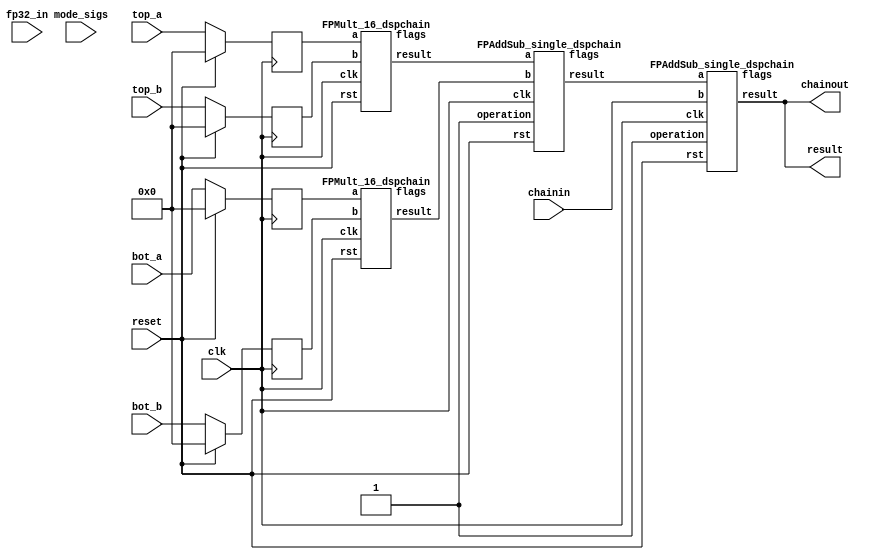
`ifdef complex_dsp
module fp16_sop2_mult_dspchain (clk,reset,top_a,top_b,bot_a,bot_b,fp32_in,mode_sigs,chainin,chainout,result);
input clk; 
input reset;
input [10:0] mode_sigs; 
input [15:0] top_a,top_b,bot_a,bot_b;
input [31:0] chainin,fp32_in; 
output [31:0] chainout, result;

fp16_sop2_mult inst1(.clk(clk),.reset(reset),.top_a(top_a),.top_b(top_b),.bot_a(bot_a),.bot_b(bot_b),.fp32_in(fp32_in),.mode_sigs(mode_sigs),.chainin(chainin),.chainout(chainout),.result(result)); 

endmodule

`else
module fp16_sop2_mult_dspchain (clk,reset,top_a,top_b,bot_a,bot_b,fp32_in,mode_sigs,chainin,chainout,result);
input clk; 
input reset;
input [10:0] mode_sigs; 
input [15:0] top_a,top_b,bot_a,bot_b;
input [31:0] chainin,fp32_in; 
output [31:0] chainout, result; 

reg [15:0] top_a_reg,top_b_reg,bot_a_reg,bot_b_reg; 
reg [31:0] chainin_reg; 
wire [31:0] r1,r2,r3; 
always@(posedge clk) begin 
if(reset) begin 
top_a_reg<= 16'b0; 
top_b_reg<= 16'b0; 
bot_a_reg<= 16'b0; 
bot_b_reg<= 16'b0;
//result<=32'b0;
//chainout<=32'b0;
chainin_reg<=32'b0;   
end
else begin 
top_a_reg<=top_a; 
top_b_reg<=top_b; 
bot_a_reg<=bot_a;
bot_b_reg<=bot_b;
//chainout<=result;
chainin_reg<=chainin; 
end
end

wire [4:0] flags1,flags2,flags3,flags4; 

FPMult_16_dspchain inst1(.clk(clk),.rst(reset),.a(top_a_reg),.b(top_b_reg),.flags(flags1),.result(r1)); 
FPMult_16_dspchain inst2(.clk(clk),.rst(reset),.a(bot_a_reg),.b(bot_b_reg),.flags(flags2),.result(r2));
FPAddSub_single_dspchain inst3(.clk(clk),.rst(reset),.a(r1),.b(r2),.flags(flags3),.operation(1'b1),.result(r3));
FPAddSub_single_dspchain inst4(.clk(clk),.rst(reset),.a(r3),.b(chainin),.flags(flags4),.operation(1'b1),.result(result));
assign chainout = result; 
endmodule
//`endif

//`timescale 1ns / 1ps


// IEEE Half Precision => 5 = 5, 10 = 10



//`define IEEE_COMPLIANCE 1


//////////////////////////////////////////////////////////////////////////////////
//
// Module Name:    FPMult
//
//////////////////////////////////////////////////////////////////////////////////

module FPMult_16_dspchain(
		clk,
		rst,
		a,
		b,
		result,
		flags
    );
	
	// Input Ports
	input clk ;							// Clock
	input rst ;							// Reset signal
	input [16-1:0] a;						// Input A, a 32-bit floating point number
	input [16-1:0] b;						// Input B, a 32-bit floating point number
	
	// Output ports
	output [32-1:0] result ;					// Product, result of the operation, 32-bit FP number
	output [4:0] flags ;						// Flags indicating exceptions according to IEEE754
	
	// Internal signals
	wire [32-1:0] Z_int ;					// Product, result of the operation, 32-bit FP number
	wire [4:0] Flags_int ;						// Flags indicating exceptions according to IEEE754
	
	wire Sa ;							// A's sign
	wire Sb ;							// B's sign
	wire Sp ;							// Product sign
	wire [5-1:0] Ea ;					// A's 5
	wire [5-1:0] Eb ;					// B's 5
	wire [2*10+1:0] Mp ;					// Product 10
	wire [4:0] InputExc ;						// Exceptions in inputs
	wire [23-1:0] NormM ;					// Normalized 10
	wire [8:0] NormE ;					// Normalized 5
	wire [23:0] RoundM ;					// Normalized 10
	wire [8:0] RoundE ;					// Normalized 5
	wire [23:0] RoundMP ;					// Normalized 10
	wire [8:0] RoundEP ;					// Normalized 5
	wire GRS ;

	//reg [63:0] pipe_0;						// Pipeline register Input->Prep
	reg [2*16-1:0] pipe_0;					// Pipeline register Input->Prep

	//reg [92:0] pipe_1;						// Pipeline register Prep->Execute
	//reg [3*10+2*5+7:0] pipe_1;			// Pipeline register Prep->Execute
	reg [3*10+2*5+18:0] pipe_1;

	//reg [38:0] pipe_2;						// Pipeline register Execute->Normalize
	reg [23+8+7:0] pipe_2;				// Pipeline register Execute->Normalize

	//reg [72:0] pipe_3;						// Pipeline register Normalize->Round
	reg [2*23+2*8+10:0] pipe_3;			// Pipeline register Normalize->Round

	//reg [36:0] pipe_4;						// Pipeline register Round->Output
	reg [32+4:0] pipe_4;					// Pipeline register Round->Output
	
	assign result = pipe_4[32+4:5] ;
	assign flags = pipe_4[4:0] ;
	
	// Prepare the operands for alignment and check for exceptions
	FPMult_PrepModule_dspchain PrepModule(clk, rst, pipe_0[2*16-1:16], pipe_0[16-1:0], Sa, Sb, Ea[5-1:0], Eb[5-1:0], Mp[2*10+1:0], InputExc[4:0]) ;

	// Perform (unsigned) 10 multiplication
	FPMult_ExecuteModule_dspchain ExecuteModule(pipe_1[3*10+5*2+7:2*10+2*5+8], pipe_1[2*10+2*5+7:2*10+7], pipe_1[2*10+6:5], pipe_1[2*10+2*5+6:2*10+5+7], pipe_1[2*10+5+6:2*10+7], pipe_1[2*10+2*5+8], pipe_1[2*10+2*5+7], Sp, NormE[8:0], NormM[23-1:0], GRS) ;

	// Round result and if necessary, perform a second (post-rounding) normalization step
	FPMult_NormalizeModule_dspchain NormalizeModule(pipe_2[23-1:0], pipe_2[23+8:23], RoundE[8:0], RoundEP[8:0], RoundM[23:0], RoundMP[23:0]) ;		

	// Round result and if necessary, perform a second (post-rounding) normalization step
	//FPMult_RoundModule RoundModule(pipe_3[47:24], pipe_3[23:0], pipe_3[65:57], pipe_3[56:48], pipe_3[66], pipe_3[67], pipe_3[72:68], Z_int[31:0], Flags_int[4:0]) ;		
	FPMult_RoundModule_dspchain RoundModule(pipe_3[2*23+1:23+1], pipe_3[23:0], pipe_3[2*8+2*23+3:2*23+8+3], pipe_3[2*23+8+2:2*23+2], pipe_3[2*23+2*8+4], pipe_3[2*23+2*8+5], pipe_3[2*23+2*8+10:2*23+2*8+6], Z_int[32-1:0], Flags_int[4:0]) ;		


//adding always@ (*) instead of posedge clock to make design combinational
	always @ (*) begin	
		if(rst) begin
			pipe_0 = 0;
			pipe_1 = 0;
			pipe_2 = 0; 
			pipe_3 = 0;
			pipe_4 = 0;
		end 
		else begin		
			/* PIPE 0
				[2*16-1:16] A
				[16-1:0] B
			*/
                       pipe_0 = {a, b} ;


			/* PIPE 1
				[2*5+3*10 + 18: 2*5+2*10 + 18] //pipe_0[16+10-1:16] , 10 of A
				[2*5+2*10 + 17 :2*5+2*10 + 9] // pipe_0[8:0]
				[2*5+2*10 + 8] Sa
				[2*5+2*10 + 7] Sb
				[2*5+2*10 + 6:5+2*10+7] Ea
				[5 +2*10+6:2*10+7] Eb
				[2*10+1+5:5] Mp
				[4:0] InputExc
			*/
			//pipe_1 <= {pipe_0[16+10-1:16], pipe_0[10_MUL_SPLIT_LSB-1:0], Sa, Sb, Ea[5-1:0], Eb[5-1:0], Mp[2*10-1:0], InputExc[4:0]} ;
			pipe_1 = {pipe_0[16+10-1:16], pipe_0[8:0], Sa, Sb, Ea[5-1:0], Eb[5-1:0], Mp[2*10+1:0], InputExc[4:0]} ;
			
			/* PIPE 2
				[8 + 23 + 7:8 + 23 + 3] InputExc
				[8 + 23 + 2] GRS
				[8 + 23 + 1] Sp
				[8 + 23:23] NormE
				[23-1:0] NormM
			*/
			pipe_2 = {pipe_1[4:0], GRS, Sp, NormE[8:0], NormM[23-1:0]} ;
			/* PIPE 3
				[2*8+2*23+10:2*8+2*23+6] InputExc
				[2*8+2*23+5] GRS
				[2*8+2*23+4] Sp	
				[2*8+2*23+3:8+2*23+3] RoundE
				[8+2*23+2:2*23+2] RoundEP
				[2*23+1:23+1] RoundM
				[23:0] RoundMP
			*/
			pipe_3 = {pipe_2[8 + 23 + 7:8 + 23 + 1], RoundE[8:0], RoundEP[8:0], RoundM[23:0], RoundMP[23:0]} ;
			/* PIPE 4
				[16+4:5] Z
				[4:0] Flags
			*/				
			pipe_4 = {Z_int[32-1:0], Flags_int[4:0]} ;
		end
	end
		
endmodule



module FPMult_PrepModule_dspchain (
		clk,
		rst,
		a,
		b,
		Sa,
		Sb,
		Ea,
		Eb,
		Mp,
		InputExc
	);
	
	// Input ports
	input clk ;
	input rst ;
	input [16-1:0] a ;								// Input A, a 32-bit floating point number
	input [16-1:0] b ;								// Input B, a 32-bit floating point number
	
	// Output ports
	output Sa ;										// A's sign
	output Sb ;										// B's sign
	output [5-1:0] Ea ;								// A's 5
	output [5-1:0] Eb ;								// B's 5
	output [2*10+1:0] Mp ;							// 10 product
	output [4:0] InputExc ;						// Input numbers are exceptions
	
	// Internal signals							// If signal is high...
	wire ANaN ;										// A is a signalling NaN
	wire BNaN ;										// B is a signalling NaN
	wire AInf ;										// A is infinity
	wire BInf ;										// B is infinity
    wire [10-1:0] Ma;
    wire [10-1:0] Mb;
	
	assign ANaN = &(a[16-2:10]) &  |(a[16-2:10]) ;			// All one 5 and not all zero 10 - NaN
	assign BNaN = &(b[16-2:10]) &  |(b[10-1:0]);			// All one 5 and not all zero 10 - NaN
	assign AInf = &(a[16-2:10]) & ~|(a[16-2:10]) ;		// All one 5 and all zero 10 - Infinity
	assign BInf = &(b[16-2:10]) & ~|(b[16-2:10]) ;		// All one 5 and all zero 10 - Infinity
	
	// Check for any exceptions and put all flags into exception vector
	assign InputExc = {(ANaN | BNaN | AInf | BInf), ANaN, BNaN, AInf, BInf} ;
	//assign InputExc = {(ANaN | ANaN | BNaN |BNaN), ANaN, ANaN, BNaN,BNaN} ;
	
	// Take input numbers apart
	assign Sa = a[16-1] ;							// A's sign
	assign Sb = b[16-1] ;							// B's sign
	assign Ea = a[16-2:10];						// Store A's 5 in Ea, unless A is an exception
	assign Eb = b[16-2:10];						// Store B's 5 in Eb, unless B is an exception	
//    assign Ma = a[10_MSB:10_LSB];
  //  assign Mb = b[10_MSB:10_LSB];
	

	// Actual 10 multiplication occurs here
	//assign Mp = ({4'b0001, a[10-1:0]}*{4'b0001, b[10-1:9]}) ;
	assign Mp = ({1'b1,a[10-1:0]}*{1'b1, b[10-1:0]}) ;

	
    //We multiply part of the 10 here
    //Full 10 of A
    //Bits 10_MUL_SPLIT_MSB:10_MUL_SPLIT_LSB of B
   // wire [`ACTUAL_10-1:0] inp_A;
   // wire [`ACTUAL_10-1:0] inp_B;
   // assign inp_A = {1'b1, Ma};
   // assign inp_B = {{(10-(10_MUL_SPLIT_MSB-10_MUL_SPLIT_LSB+1)){1'b0}}, 1'b1, Mb[10_MUL_SPLIT_MSB:10_MUL_SPLIT_LSB]};
   // DW02_mult #(`ACTUAL_10,`ACTUAL_10) u_mult(.A(inp_A), .B(inp_B), .TC(1'b0), .PRODUCT(Mp));
endmodule


module FPMult_ExecuteModule_dspchain(
		a,
		b,
		MpC,
		Ea,
		Eb,
		Sa,
		Sb,
		Sp,
		NormE,
		NormM,
		GRS
    );

	// Input ports
	input [10-1:0] a ;
	input [2*5:0] b ;
	input [2*10+1:0] MpC ;
	input [5-1:0] Ea ;						// A's 5
	input [5-1:0] Eb ;						// B's 5
	input Sa ;								// A's sign
	input Sb ;								// B's sign
	
	// Output ports
	output Sp ;								// Product sign
	output [8:0] NormE ;													// Normalized 5
	output [23-1:0] NormM ;												// Normalized 10
	output GRS ;
	
	wire [2*10+1:0] Mp ;
	
	assign Sp = (Sa ^ Sb) ;												// Equal signs give a positive product
	
   // wire [`ACTUAL_10-1:0] inp_a;
   // wire [`ACTUAL_10-1:0] inp_b;
   // assign inp_a = {1'b1, a};
   // assign inp_b = {{(10-10_MUL_SPLIT_LSB){1'b0}}, 1'b0, b};
   // DW02_mult #(`ACTUAL_10,`ACTUAL_10) u_mult(.A(inp_a), .B(inp_b), .TC(1'b0), .PRODUCT(Mp_temp));
   // DW01_add #(2*`ACTUAL_10) u_add(.A(Mp_temp), .B(MpC<<10_MUL_SPLIT_LSB), .CI(1'b0), .SUM(Mp), .CO());

	//assign Mp = (MpC<<(2*5+1)) + ({4'b0001, a[10-1:0]}*{1'b0, b[2*5:0]}) ;
	assign Mp = MpC;


	assign NormM = (Mp[2*10+1] ? Mp[2*10:0] : Mp[2*10-1:0]); 	// Check for overflow
	assign NormE = (Ea + Eb + Mp[2*10+1]);								// If so, increment 5
	
	assign GRS = ((Mp[10]&(Mp[10+1]))|(|Mp[10-1:0])) ;
	
endmodule

module FPMult_NormalizeModule_dspchain(
		NormM,
		NormE,
		RoundE,
		RoundEP,
		RoundM,
		RoundMP
    );

	// Input Ports
	input [23-1:0] NormM ;									// Normalized 10
	input [8:0] NormE ;									// Normalized 5

	// Output Ports
	output [8:0] RoundE ;
	output [8:0] RoundEP ;
	output [23:0] RoundM ;
	output [23:0] RoundMP ; 
	
// 5 = 5 
// 5 -1 = 4
// NEED to subtract 2^4 -1 = 15

wire [8-1 : 0] bias;

assign bias =  ((1<< (8 -1)) -1);

	assign RoundE = NormE - 9'd15 - 9'd15 + 9'd127 ;
	assign RoundEP = NormE - 9'd15 - 9'd15 + 9'd127 ;
	assign RoundM = NormM ;
	assign RoundMP = NormM ;

endmodule

module FPMult_RoundModule_dspchain(
		RoundM,
		RoundMP,
		RoundE,
		RoundEP,
		Sp,
		GRS,
		InputExc,
		Z,
		Flags
    );

	// Input Ports
	input [23:0] RoundM ;									// Normalized 10
	input [23:0] RoundMP ;									// Normalized 5
	input [8:0] RoundE ;									// Normalized 10 + 1
	input [8:0] RoundEP ;									// Normalized 5 + 1
	input Sp ;												// Product sign
	input GRS ;
	input [4:0] InputExc ;
	
	// Output Ports
	output [32-1:0] Z ;										// Final product
	output [4:0] Flags ;
	
	// Internal Signals
	wire [8:0] FinalE ;									// Rounded 5
	wire [23:0] FinalM;
	wire [23:0] PreShiftM;
	
	assign PreShiftM = GRS ? RoundMP : RoundM ;	// Round up if R and (G or S)
	
	// Post rounding normalization (potential one bit shift> use shifted 10 if there is overflow)
	assign FinalM = (PreShiftM[23] ? {1'b0, PreShiftM[23:1]} : PreShiftM[23:0]) ;
	assign FinalE = (PreShiftM[23] ? RoundEP : RoundE) ; // Increment 5 if a shift was done
	
	
	assign Z = {Sp, FinalE[8-1:0], FinalM[21-1:0], 2'b0} ;   // Putting the pieces together
	assign Flags = InputExc[4:0];

endmodule


module FPAddSub_single_dspchain(
		clk,
		rst,
		a,
		b,
		operation,
		result,
		flags
	);

// Clock and reset
	input clk ;										// Clock signal
	input rst ;										// Reset (active high, resets pipeline registers)
	
	// Input ports
	input [31:0] a ;								// Input A, a 32-bit floating point number
	input [31:0] b ;								// Input B, a 32-bit floating point number
	input operation ;								// Operation select signal
	
	// Output ports
	output [31:0] result ;						// Result of the operation
	output [4:0] flags ;							// Flags indicating exceptions according to IEEE754

	reg [68:0]pipe_1;
	reg [54:0]pipe_2;
	reg [45:0]pipe_3;


//internal module wires

//output ports
	wire Opout;
	wire Sa;
	wire Sb;
	wire MaxAB;
	wire [7:0] CExp;
	wire [4:0] Shift;
	wire [22:0] Mmax;
	wire [4:0] InputExc;
	wire [23:0] Mmin_3;

	wire [32:0] SumS_5 ;
	wire [4:0] Shift_1;							
	wire PSgn ;							
	wire Opr ;	
	
	wire [22:0] NormM ;				// Normalized mantissa
	wire [8:0] NormE ;					// Adjusted exponent
	wire ZeroSum ;						// Zero flag
	wire NegE ;							// Flag indicating negative exponent
	wire R ;								// Round bit
	wire S ;								// Final sticky bit
	wire FG ;

FPAddSub_a_dspchain M1(a,b,operation,Opout,Sa,Sb,MaxAB,CExp,Shift,Mmax,InputExc,Mmin_3);

FpAddSub_b_dspchain M2(pipe_1[51:29],pipe_1[23:0],pipe_1[67],pipe_1[66],pipe_1[65],pipe_1[68],SumS_5,Shift_1,PSgn,Opr);

FPAddSub_c_dspchain M3(pipe_2[54:22],pipe_2[21:17],pipe_2[16:9],NormM,NormE,ZeroSum,NegE,R,S,FG);

FPAddSub_d_dspchain M4(pipe_3[13],pipe_3[22:14],pipe_3[45:23],pipe_3[11],pipe_3[10],pipe_3[9],pipe_3[8],pipe_3[7],pipe_3[6],pipe_3[5],pipe_3[12],pipe_3[4:0],result,flags );


always @ (posedge clk) begin	
		if(rst) begin
			pipe_1 <= 0;
			pipe_2 <= 0;
			pipe_3 <= 0;
		end 
		else begin
/*
pipe_1:
	[68] Opout;
	[67] Sa;
	[66] Sb;
	[65] MaxAB;
	[64:57] CExp;
	[56:52] Shift;
	[51:29] Mmax;
	[28:24] InputExc;
	[23:0] Mmin_3;	
*/

pipe_1 <= {Opout,Sa,Sb,MaxAB,CExp,Shift,Mmax,InputExc,Mmin_3};

/*
pipe_2:
	[54:22]SumS_5;
	[21:17]Shift;
	[16:9]CExp;	
	[8]Sa;
	[7]Sb;
	[6]operation;
	[5]MaxAB;	
	[4:0]InputExc
*/

pipe_2 <= {SumS_5,Shift_1,pipe_1[64:57], pipe_1[67], pipe_1[66], pipe_1[68], pipe_1[65], pipe_1[28:24] };

/*
pipe_3:
	[45:23] NormM ;				
	[22:14] NormE ;					
	[13]ZeroSum ;						
	[12]NegE ;							
	[11]R ;								
	[10]S ;								
	[9]FG ;
	[8]Sa;
	[7]Sb;
	[6]operation;
	[5]MaxAB;	
	[4:0]InputExc
*/

pipe_3 <= {NormM,NormE,ZeroSum,NegE,R,S,FG, pipe_2[8], pipe_2[7], pipe_2[6], pipe_2[5], pipe_2[4:0] };

end
end

endmodule

// Prealign + Align + Shift 1 + Shift 2
module FPAddSub_a_dspchain(
		A,
		B,
		operation,
		Opout,
		Sa,
		Sb,
		MaxAB,
		CExp,
		Shift,
		Mmax,
		InputExc,
		Mmin_3
		
		
	);
	
	// Input ports
	input [31:0] A ;										// Input A, a 32-bit floating point number
	input [31:0] B ;										// Input B, a 32-bit floating point number
	input operation ;
	
	//output ports
	output Opout;
	output Sa;
	output Sb;
	output MaxAB;
	output [7:0] CExp;
	output [4:0] Shift;
	output [22:0] Mmax;
	output [4:0] InputExc;
	output [23:0] Mmin_3;	
							
	wire [9:0] ShiftDet ;							
	wire [30:0] Aout ;
	wire [30:0] Bout ;
	

	// Internal signals									// If signal is high...
	wire ANaN ;												// A is a NaN (Not-a-Number)
	wire BNaN ;												// B is a NaN
	wire AInf ;												// A is infinity
	wire BInf ;												// B is infinity
	wire [7:0] DAB ;										// ExpA - ExpB					
	wire [7:0] DBA ;										// ExpB - ExpA	
	
	assign ANaN = &(A[30:23]) & |(A[22:0]) ;		// All one exponent and not all zero mantissa - NaN
	assign BNaN = &(B[30:23]) & |(B[22:0]);		// All one exponent and not all zero mantissa - NaN
	assign AInf = &(A[30:23]) & ~|(A[22:0]) ;	// All one exponent and all zero mantissa - Infinity
	assign BInf = &(B[30:23]) & ~|(B[22:0]) ;	// All one exponent and all zero mantissa - Infinity
	
	// Put all flags into exception vector
	assign InputExc = {(ANaN | BNaN | AInf | BInf), ANaN, BNaN, AInf, BInf} ;
	
	//assign DAB = (A[30:23] - B[30:23]) ;
	//assign DBA = (B[30:23] - A[30:23]) ;
  assign DAB = (A[30:23] + ~(B[30:23]) + 1) ;
	assign DBA = (B[30:23] + ~(A[30:23]) + 1) ;

	assign Sa = A[31] ;									// A's sign bit
	assign Sb = B[31] ;									// B's sign	bit
	assign ShiftDet = {DBA[4:0], DAB[4:0]} ;		// Shift data
	assign Opout = operation ;
	assign Aout = A[30:0] ;
	assign Bout = B[30:0] ;

/////////////////////////////////////////////////////////////////////////////////////////////////////////////
	// Output ports
													// Number of steps to smaller mantissa shift right
	wire [22:0] Mmin_1 ;							// Smaller mantissa 
	
	// Internal signals
	//wire BOF ;										// Check for shifting overflow if B is larger
	//wire AOF ;										// Check for shifting overflow if A is larger
	
	assign MaxAB = (Aout[30:0] < Bout[30:0]) ;	
	//assign BOF = ShiftDet[9:5] < 25 ;		// Cannot shift more than 25 bits
	//assign AOF = ShiftDet[4:0] < 25 ;		// Cannot shift more than 25 bits
	
	// Determine final shift value
	//assign Shift = MaxAB ? (BOF ? ShiftDet[9:5] : 5'b11001) : (AOF ? ShiftDet[4:0] : 5'b11001) ;
	
	assign Shift = MaxAB ? ShiftDet[9:5] : ShiftDet[4:0] ;
	
	// Take out smaller mantissa and append shift space
	assign Mmin_1 = MaxAB ? Aout[22:0] : Bout[22:0] ; 
	
	// Take out larger mantissa	
	assign Mmax = MaxAB ? Bout[22:0]: Aout[22:0] ;	
	
	// Common exponent
	assign CExp = (MaxAB ? Bout[30:23] : Aout[30:23]) ;	

// Input ports
					// Smaller mantissa after 16|12|8|4 shift
	wire [2:0] Shift_1 ;						// Shift amount
	
	assign Shift_1 = Shift [4:2];

	wire [23:0] Mmin_2 ;						// The smaller mantissa
	
	// Internal signals
	reg	  [23:0]		Lvl1;
	reg	  [23:0]		Lvl2;
	wire    [47:0]    Stage1;	
	integer           i;                // Loop variable
	
	always @(*) begin						
		// Rotate by 16?
		Lvl1 <= Shift_1[2] ? {17'b00000000000000001, Mmin_1[22:16]} : {1'b1, Mmin_1}; 
	end
	
	assign Stage1 = {Lvl1, Lvl1};
	
	always @(*) begin    					// Rotate {0 | 4 | 8 | 12} bits
	  case (Shift_1[1:0])
			// Rotate by 0	
			2'b00:  Lvl2 <= Stage1[23:0];       			
			// Rotate by 4	
			2'b01:  begin for (i=0; i<=23; i=i+1) begin Lvl2[i] <= Stage1[i+4]; end Lvl2[23:19] <= 0; end
			// Rotate by 8
			2'b10:  begin for (i=0; i<=23; i=i+1) begin Lvl2[i] <= Stage1[i+8]; end Lvl2[23:15] <= 0; end
			// Rotate by 12	
			2'b11:  begin for (i=0; i<=23; i=i+1) begin Lvl2[i] <= Stage1[i+12]; end Lvl2[23:11] <= 0; end
	  endcase
	end
	
	// Assign output to next shift stage
	assign Mmin_2 = Lvl2;
								// Smaller mantissa after 16|12|8|4 shift
	wire [1:0] Shift_2 ;						// Shift amount
	
	assign Shift_2 =Shift  [1:0] ;
					// The smaller mantissa
	
	// Internal Signal
	reg	  [23:0]		Lvl3;
	wire    [47:0]    Stage2;	
	integer           j;               // Loop variable
	
	assign Stage2 = {Mmin_2, Mmin_2};

	always @(*) begin    // Rotate {0 | 1 | 2 | 3} bits
	  case (Shift_2[1:0])
			// Rotate by 0
			2'b00:  Lvl3 <= Stage2[23:0];   
			// Rotate by 1
			2'b01:  begin for (j=0; j<=23; j=j+1)  begin Lvl3[j] <= Stage2[j+1]; end Lvl3[23] <= 0; end 
			// Rotate by 2
			2'b10:  begin for (j=0; j<=23; j=j+1)  begin Lvl3[j] <= Stage2[j+2]; end Lvl3[23:22] <= 0; end 
			// Rotate by 3
			2'b11:  begin for (j=0; j<=23; j=j+1)  begin Lvl3[j] <= Stage2[j+3]; end Lvl3[23:21] <= 0; end 	  
	  endcase
	end
	
	// Assign output
	assign Mmin_3 = Lvl3;	

	
endmodule

module FpAddSub_b_dspchain(
		Mmax,
		Mmin,
		Sa,
		Sb,
		MaxAB,
		OpMode,
		SumS_5,
		Shift,
		PSgn,
		Opr
);
	input [22:0] Mmax ;					// The larger mantissa
	input [23:0] Mmin ;					// The smaller mantissa
	input Sa ;								// Sign bit of larger number
	input Sb ;								// Sign bit of smaller number
	input MaxAB ;							// Indicates the larger number (0/A, 1/B)
	input OpMode ;							// Operation to be performed (0/Add, 1/Sub)
	
	// Output ports
	wire [32:0] Sum ;	
						// Output ports
	output [32:0] SumS_5 ;					// Mantissa after 16|0 shift
	output [4:0] Shift ;					// Shift amount				// The result of the operation
	output PSgn ;							// The sign for the result
	output Opr ;							// The effective (performed) operation

	assign Opr = (OpMode^Sa^Sb); 		// Resolve sign to determine operation

	// Perform effective operation
	assign Sum = (OpMode^Sa^Sb) ? ({1'b1, Mmax, 8'b00000000} - {Mmin, 8'b00000000}) : ({1'b1, Mmax, 8'b00000000} + {Mmin, 8'b00000000}) ;
	// Assign result sign
	assign PSgn = (MaxAB ? Sb : Sa) ;

/////////////////////////////////////////////////////////////////////////////////////////////////////////////////////////////////////////

		// Determine normalization shift amount by finding leading nought
	assign Shift =  ( 
		Sum[32] ? 5'b00000 :	 
		Sum[31] ? 5'b00001 : 
		Sum[30] ? 5'b00010 : 
		Sum[29] ? 5'b00011 : 
		Sum[28] ? 5'b00100 : 
		Sum[27] ? 5'b00101 : 
		Sum[26] ? 5'b00110 : 
		Sum[25] ? 5'b00111 :
		Sum[24] ? 5'b01000 :
		Sum[23] ? 5'b01001 :
		Sum[22] ? 5'b01010 :
		Sum[21] ? 5'b01011 :
		Sum[20] ? 5'b01100 :
		Sum[19] ? 5'b01101 :
		Sum[18] ? 5'b01110 :
		Sum[17] ? 5'b01111 :
		Sum[16] ? 5'b10000 :
		Sum[15] ? 5'b10001 :
		Sum[14] ? 5'b10010 :
		Sum[13] ? 5'b10011 :
		Sum[12] ? 5'b10100 :
		Sum[11] ? 5'b10101 :
		Sum[10] ? 5'b10110 :
		Sum[9] ? 5'b10111 :
		Sum[8] ? 5'b11000 :
		Sum[7] ? 5'b11001 : 5'b11010
	);
	
	reg	  [32:0]		Lvl1;
	
	always @(*) begin
		// Rotate by 16?
		Lvl1 <= Shift[4] ? {Sum[16:0], 16'b0000000000000000} : Sum; 
	end
	
	// Assign outputs
	assign SumS_5 = Lvl1;	

endmodule

module FPAddSub_c_dspchain(
		SumS_5,
		Shift,
		CExp,
		NormM,
		NormE,
		ZeroSum,
		NegE,
		R,
		S,
		FG
	);
	
	// Input ports
	input [32:0] SumS_5 ;						// Smaller mantissa after 16|12|8|4 shift
	
	input [4:0] Shift ;						// Shift amount
	
// Input ports
	
	input [7:0] CExp ;
	

	// Output ports
	output [22:0] NormM ;				// Normalized mantissa
	output [8:0] NormE ;					// Adjusted exponent
	output ZeroSum ;						// Zero flag
	output NegE ;							// Flag indicating negative exponent
	output R ;								// Round bit
	output S ;								// Final sticky bit
	output FG ;


	wire [3:0]Shift_1;
	assign Shift_1 = Shift [3:0];
	// Output ports
	wire [32:0] SumS_7 ;						// The smaller mantissa
	
	reg	  [32:0]		Lvl2;
	wire    [65:0]    Stage1;	
	reg	  [32:0]		Lvl3;
	wire    [65:0]    Stage2;	
	integer           i;               	// Loop variable
	
	assign Stage1 = {SumS_5, SumS_5};

	always @(*) begin    					// Rotate {0 | 4 | 8 | 12} bits
	  case (Shift[3:2])
			// Rotate by 0
			2'b00: Lvl2 <= Stage1[32:0];       		
			// Rotate by 4
			2'b01: begin for (i=65; i>=33; i=i-1) begin Lvl2[i-33] <= Stage1[i-4]; end Lvl2[3:0] <= 0; end
			// Rotate by 8
			2'b10: begin for (i=65; i>=33; i=i-1) begin Lvl2[i-33] <= Stage1[i-8]; end Lvl2[7:0] <= 0; end
			// Rotate by 12
			2'b11: begin for (i=65; i>=33; i=i-1) begin Lvl2[i-33] <= Stage1[i-12]; end Lvl2[11:0] <= 0; end
	  endcase
	end
	
	assign Stage2 = {Lvl2, Lvl2};

	always @(*) begin   				 		// Rotate {0 | 1 | 2 | 3} bits
	  case (Shift_1[1:0])
			// Rotate by 0
			2'b00:  Lvl3 <= Stage2[32:0];
			// Rotate by 1
			2'b01: begin for (i=65; i>=33; i=i-1) begin Lvl3[i-33] <= Stage2[i-1]; end Lvl3[0] <= 0; end 
			// Rotate by 2
			2'b10: begin for (i=65; i>=33; i=i-1) begin Lvl3[i-33] <= Stage2[i-2]; end Lvl3[1:0] <= 0; end
			// Rotate by 3
			2'b11: begin for (i=65; i>=33; i=i-1) begin Lvl3[i-33] <= Stage2[i-3]; end Lvl3[2:0] <= 0; end
	  endcase
	end
	
	// Assign outputs
	assign SumS_7 = Lvl3;						// Take out smaller mantissa



	
	// Internal signals
	wire MSBShift ;						// Flag indicating that a second shift is needed
	wire [8:0] ExpOF ;					// MSB set in sum indicates overflow
	wire [8:0] ExpOK ;					// MSB not set, no adjustment
	
	// Calculate normalized exponent and mantissa, check for all-zero sum
	assign MSBShift = SumS_7[32] ;		// Check MSB in unnormalized sum
	assign ZeroSum = ~|SumS_7 ;			// Check for all zero sum
	assign ExpOK = CExp - Shift ;		// Adjust exponent for new normalized mantissa
	assign NegE = ExpOK[8] ;			// Check for exponent overflow
	assign ExpOF = CExp - Shift + 1'b1 ;		// If MSB set, add one to exponent(x2)
	assign NormE = MSBShift ? ExpOF : ExpOK ;			// Check for exponent overflow
	assign NormM = SumS_7[31:9] ;		// The new, normalized mantissa
	
	// Also need to compute sticky and round bits for the rounding stage
	assign FG = SumS_7[8] ; 
	assign R = SumS_7[7] ;
	assign S = |SumS_7[6:0] ;		
	
endmodule

module FPAddSub_d_dspchain(
		ZeroSum,
		NormE,
		NormM,
		R,
		S,
		G,
		Sa,
		Sb,
		Ctrl,
		MaxAB,
		NegE,
		InputExc,
		P,
		Flags 
    );

	// Input ports
	input ZeroSum ;					// Sum is zero
	input [8:0] NormE ;				// Normalized exponent
	input [22:0] NormM ;				// Normalized mantissa
	input R ;							// Round bit
	input S ;							// Sticky bit
	input G ;
	input Sa ;							// A's sign bit
	input Sb ;							// B's sign bit
	input Ctrl ;						// Control bit (operation)
	input MaxAB ;
	

	input NegE ;						// Negative exponent?
	input [4:0] InputExc ;					// Exceptions in inputs A and B

	// Output ports
	output [31:0] P ;					// Final result
	output [4:0] Flags ;				// Exception flags
	
	// 
	wire [31:0] Z ;					// Final result
	wire EOF ;
	
	// Internal signals
	wire [23:0] RoundUpM ;			// Rounded up sum with room for overflow
	wire [22:0] RoundM ;				// The final rounded sum
	wire [8:0] RoundE ;				// Rounded exponent (note extra bit due to poential overflow	)
	wire RoundUp ;						// Flag indicating that the sum should be rounded up
	wire ExpAdd ;						// May have to add 1 to compensate for overflow 
	wire RoundOF ;						// Rounding overflow
	wire FSgn;
	// The cases where we need to round upwards (= adding one) in Round to nearest, tie to even
	assign RoundUp = (G & ((R | S) | NormM[0])) ;
	
	// Note that in the other cases (rounding down), the sum is already 'rounded'
	assign RoundUpM = (NormM + 1) ;								// The sum, rounded up by 1
	assign RoundM = (RoundUp ? RoundUpM[22:0] : NormM) ; 	// Compute final mantissa	
	assign RoundOF = RoundUp & RoundUpM[23] ; 				// Check for overflow when rounding up

	// Calculate post-rounding exponent
	assign ExpAdd = (RoundOF ? 1'b1 : 1'b0) ; 				// Add 1 to exponent to compensate for overflow
	assign RoundE = ZeroSum ? 8'b00000000 : (NormE + ExpAdd) ; 							// Final exponent

	// If zero, need to determine sign according to rounding
	assign FSgn = (ZeroSum & (Sa ^ Sb)) | (ZeroSum ? (Sa & Sb & ~Ctrl) : ((~MaxAB & Sa) | ((Ctrl ^ Sb) & (MaxAB | Sa)))) ;

	// Assign final result
	assign Z = {FSgn, RoundE[7:0], RoundM[22:0]} ;
	
	// Indicate exponent overflow
	assign EOF = RoundE[8];

/////////////////////////////////////////////////////////////////////////////////////////////////////////



	
	// Internal signals
	wire Overflow ;					// Overflow flag
	wire Underflow ;					// Underflow flag
	wire DivideByZero ;				// Divide-by-Zero flag (always 0 in Add/Sub)
	wire Invalid ;						// Invalid inputs or result
	wire Inexact ;						// Result is inexact because of rounding
	
	// Exception flags
	
	// Result is too big to be represented
	assign Overflow = EOF | InputExc[1] | InputExc[0] ;
	
	// Result is too small to be represented
	assign Underflow = NegE & (R | S);
	
	// Infinite result computed exactly from finite operands
	assign DivideByZero = &(Z[30:23]) & ~|(Z[30:23]) & ~InputExc[1] & ~InputExc[0];
	
	// Invalid inputs or operation
	assign Invalid = |(InputExc[4:2]) ;
	
	// Inexact answer due to rounding, overflow or underflow
	assign Inexact = (R | S) | Overflow | Underflow;
	
	// Put pieces together to form final result
	assign P = Z ;
	
	// Collect exception flags	
	assign Flags = {Overflow, Underflow, DivideByZero, Invalid, Inexact} ; 	
	
endmodule

`endif